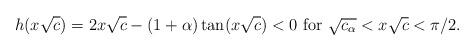
LaTeX: \begin{align*} h(x\sqrt{c})=2x\sqrt{c}-(1+\alpha)\tan(x\sqrt{c}) < 0 \mbox{ for $\sqrt{c_\alpha}<x\sqrt{c}<\pi/2$}. \end{align*}